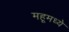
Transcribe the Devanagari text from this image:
महूमध्ये